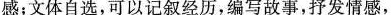
感；文体自选，可以记叙经历，编写故事，抒发情感，